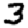
Digit: 3